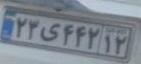
۲۳ی۴۴۲۱۲